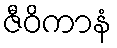
ဇီဝိကာနံ